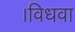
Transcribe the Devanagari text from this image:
।विधवा